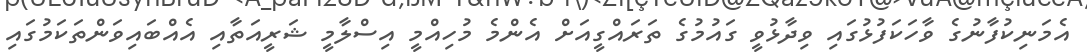
އެމަނިކުފާނުގެ ވާހަކަފުޅުގައި ވިދާޅުވީ ގައުމުގެ ތަރައްގީއަށް އެންމެ މުހިއްމީ އިސްލާމީ ޝަރީއަތާއި އެއްބައިވަންތަކަމުގައި